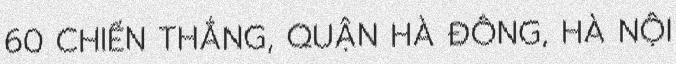
60 CHIẾN THẮNG, QUẬN HÀ ĐÔNG, HÀ NỘI